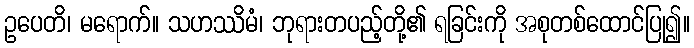
ဥပေတိ၊ မရောက်။ သဟဿိမံ၊ ဘုရားတပည့်တို့၏ ရခြင်းကို အစုတစ်ထောင်ပြု၍။